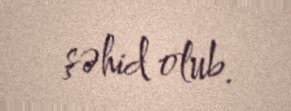
şəhid olub.